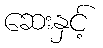
ဆေးနှင့်